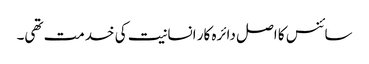
سائنس کا اصل دائرہ کار انسانیت کی خدمت تھی۔